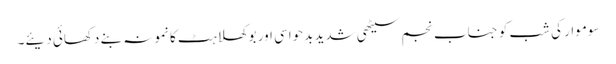
سوموار کی شب کو جناب نجم سیٹھی شدید بدحواسی اور بوکھلاہٹ کا نمونہ بنے دکھائی دیئے۔